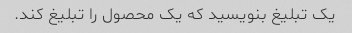
یک تبلیغ بنویسید که یک محصول را تبلیغ کند.